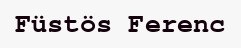
Füstös Ferenc